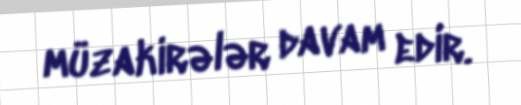
müzakirələr davam edir.